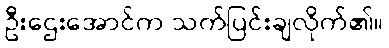
ဦးဌေးအောင်က သက်ပြင်းချလိုက်၏။